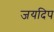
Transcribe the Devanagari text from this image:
जयदिप